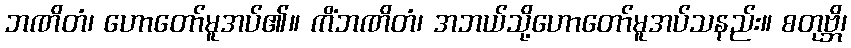
ဘဏိတံ၊ ဟောတော်မူအပ်၏။ ကိံဘဏိတံ၊ အဘယ်သို့ဟောတော်မူအပ်သနည်း။ စတုဗ္ဘိ၊